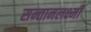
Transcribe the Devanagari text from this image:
सन्तानलक्ष्मी